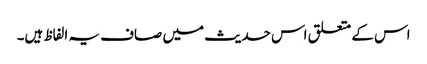
اس کے متعلق اس حدیث میں صاف یہ الفاظ ہیں۔